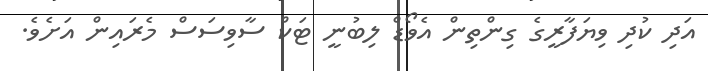
އަދި ކުދި ވިޔަފާރީގެ ގިންތިން އެވޯޑް ލިބުނީ ޓަކް ސާވިސަސް މެރައިން އަށެވެ.